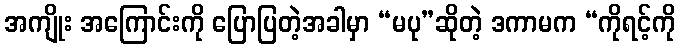
အကျိုး အကြောင်းကို ပြောပြတဲ့အခါမှာ “မပု”ဆိုတဲ့ ဒကာမက “ကိုရင့်ကို